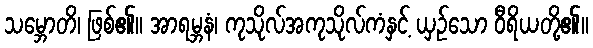
သမ္ဘောတိ၊ ဖြစ်၏။ အာရမ္ဘနံ၊ ကုသိုလ်အကုသိုလ်ကံနှင့် ယှဉ်သော ဝီရိယတို့၏။